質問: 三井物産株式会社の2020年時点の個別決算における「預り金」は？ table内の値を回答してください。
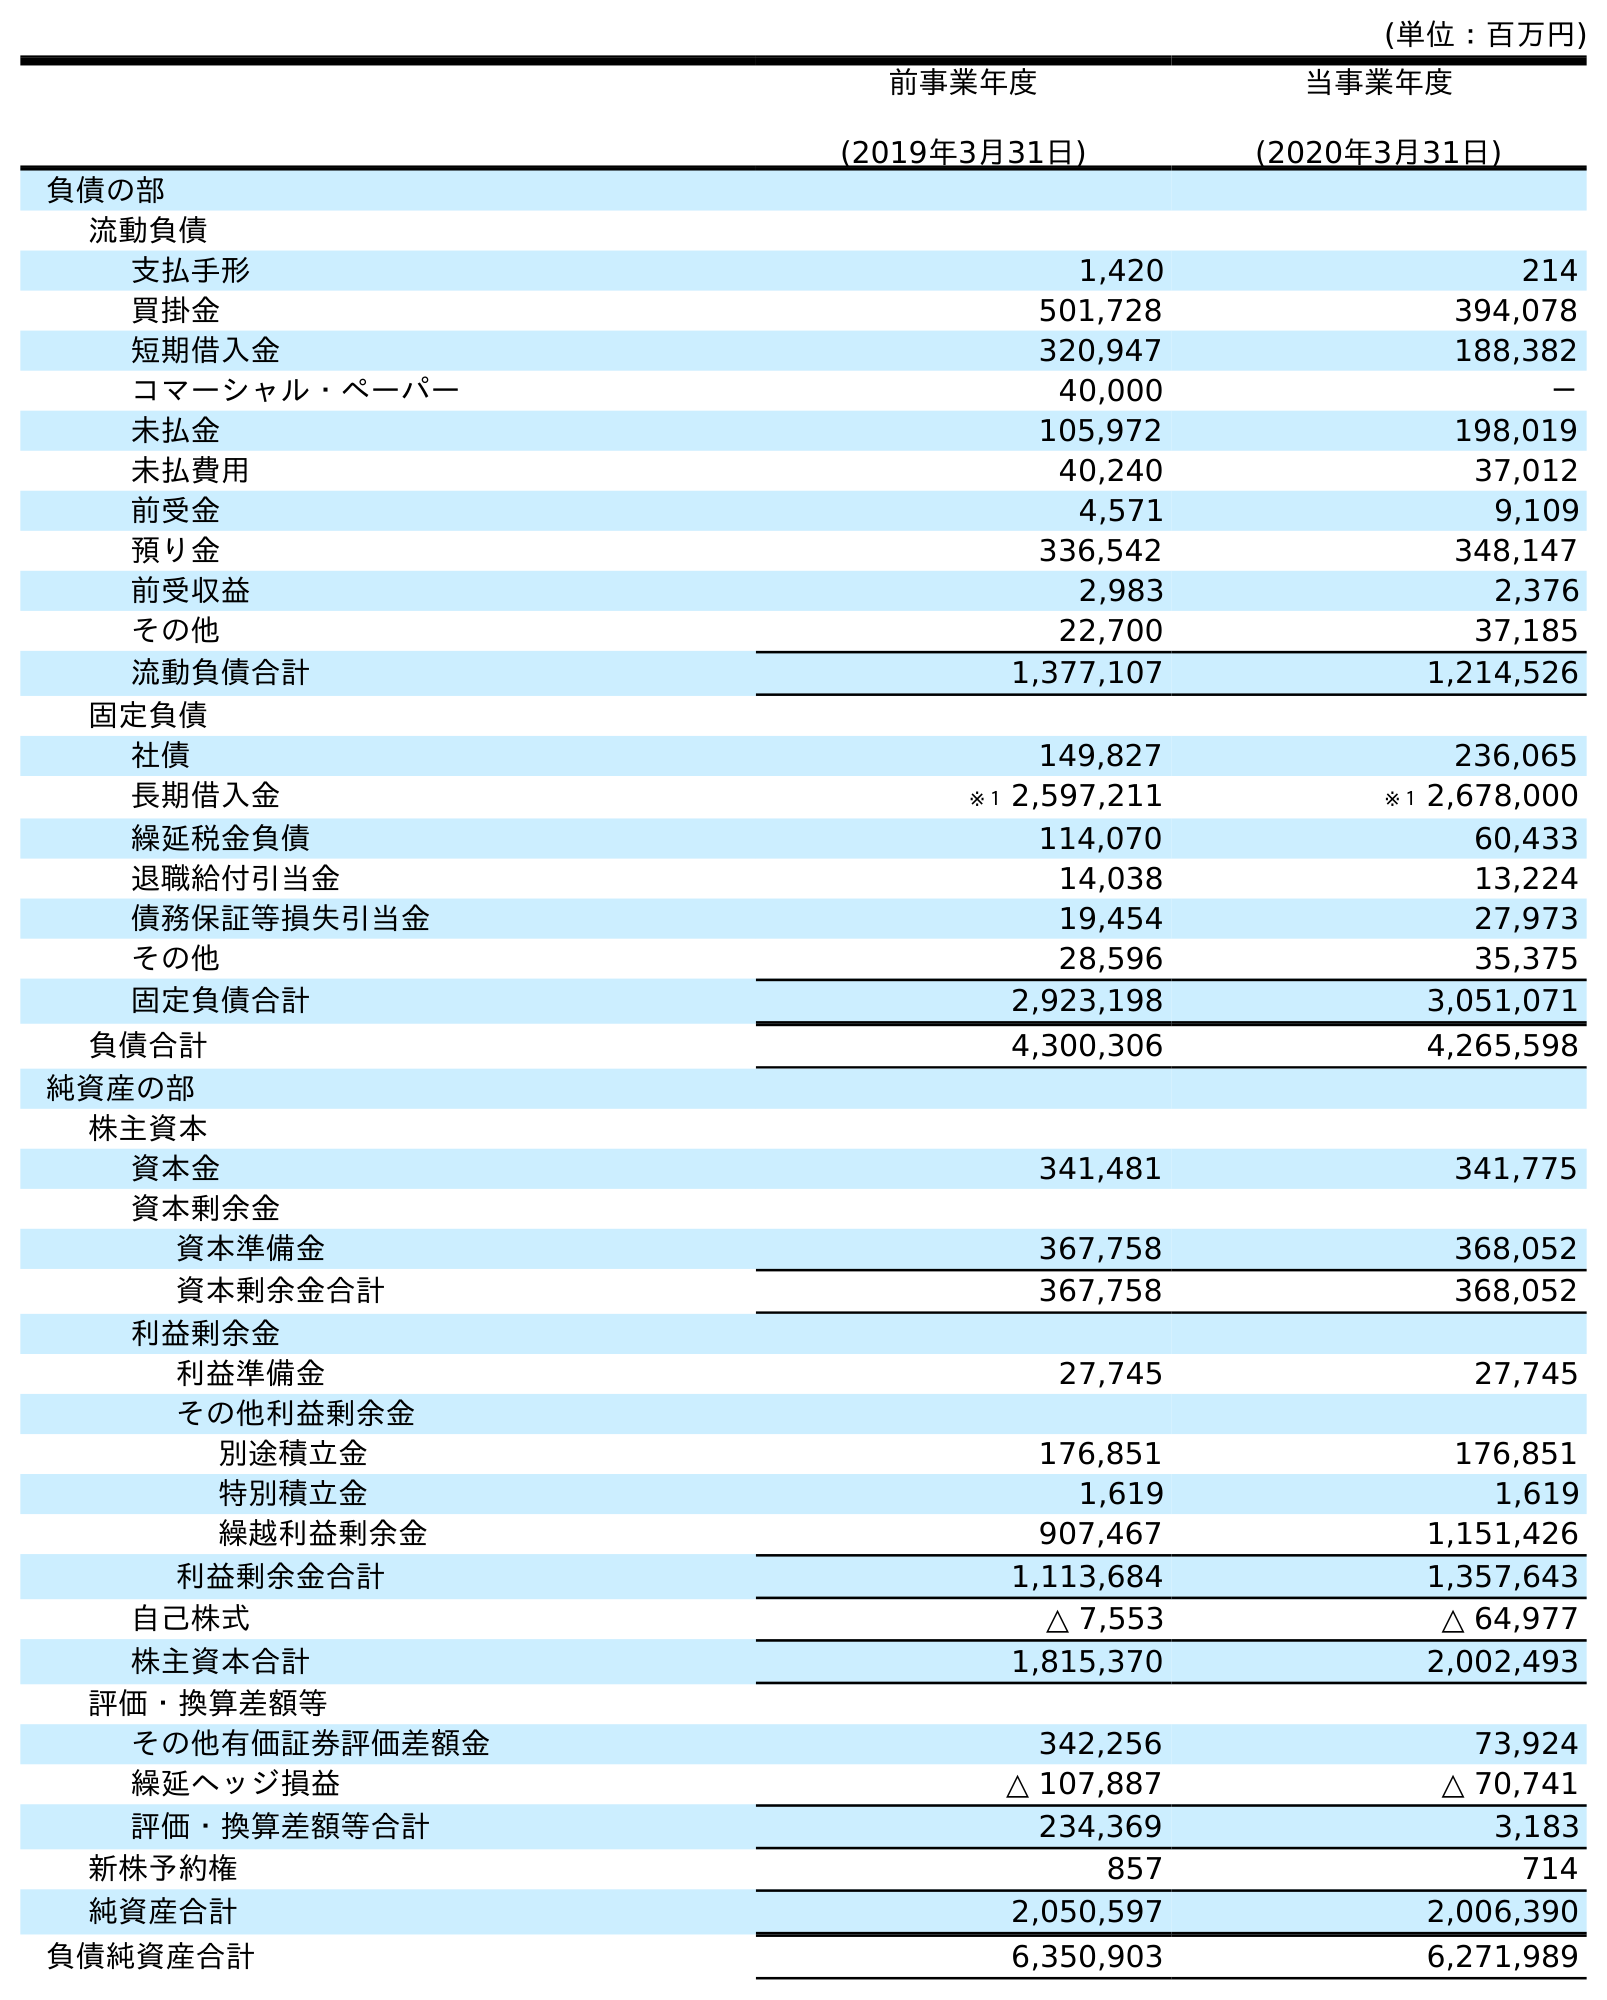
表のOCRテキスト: (単位：百万円) 前事業年度 (2019年3月31日) 当事業年度 (2020年3月31日) 負債の部 流動負債 支払手形 1,420 214 買掛金 501,728 394,078 短期借入金 320,947 188,382 コマーシャル・ペーパー 40,000 － 未払金 105,972 198,019 未払費用 40,240 37,012 前受金 4,571 9,109 預り金 336,542 348,147 前受収益 2,983 2,376 その他 22,700 37,185 流動負債合計 1,377,107 1,214,526 固定負債 社債 149,827 236,065 長期借入金 ※１ 2,597,211 ※１ 2,678,000 繰延税金負債 114,070 60,433 退職給付引当金 14,038 13,224 債務保証等損失引当金 19,454 27,973 その他 28,596 35,375 固定負債合計 2,923,198 3,051,071 負債合計 4,300,306 4,265,598 純資産の部 株主資本 資本金 341,481 341,775 資本剰余金 資本準備金 367,758 368,052 資本剰余金合計 367,758 368,052 利益剰余金 利益準備金 27,745 27,745 その他利益剰余金 別途積立金 176,851 176,851 特別積立金 1,619 1,619 繰越利益剰余金 907,467 1,151,426 利益剰余金合計 1,113,684 1,357,643 自己株式 △ 7,553 △ 64,977 株主資本合計 1,815,370 2,002,493 評価・換算差額等 その他有価証券評価差額金 342,256 73,924 繰延ヘッジ損益 △ 107,887 △ 70,741 評価・換算差額等合計 234,369 3,183 新株予約権 857 714 純資産合計 2,050,597 2,006,390 負債純資産合計 6,350,903 6,271,989
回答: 348,147